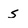
Character: s